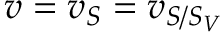
v = v _ { S } = v _ { S / S _ { V } }